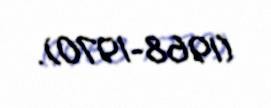
(1968-1970).